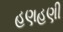
હણહણી